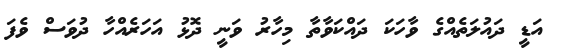
އަޑީ ދައުލަތެއްގެ ވާހަކަ ދައްކަވާތާ މިހާރު ވަނީ ދޮޅު އަހަރެއްހާ ދުވަސް ވެފަ